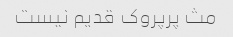
مث پرپروک قدیم نیست